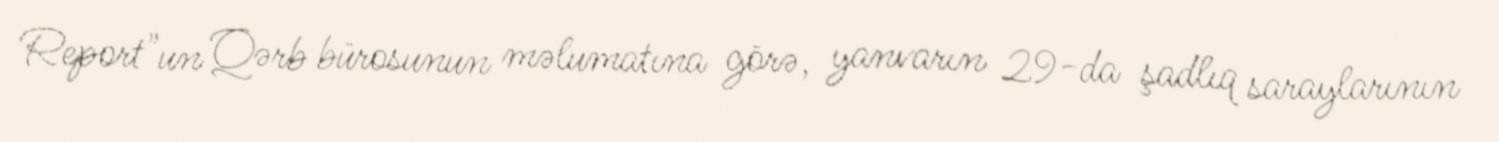
Report"un Qərb bürosunun məlumatına görə, yanvarın 29-da şadlıq saraylarının